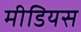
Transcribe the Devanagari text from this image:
मीडियस